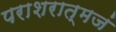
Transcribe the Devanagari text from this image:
पराशरात्मजं